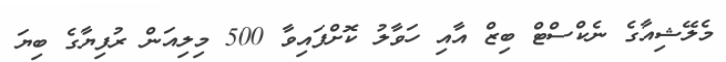
މެލޭޝިއާގެ ނެކްސްޓް ބިޒް އާއި ހަވާލު ކޮށްފައިވާ 500 މިލިއަން ރުފިޔާގެ ބިޔަ